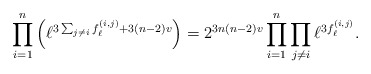
\begin{align*}\prod_{i=1}^n \left( \ell^{3 \sum_{j \neq i} f^{(i,j)}_\ell + 3(n-2)v}\right) = 2^{3n(n-2)v} \prod_{i=1}^n \prod_{j \neq i} \ell^{3 f_\ell^{(i,j)}}.\end{align*}